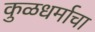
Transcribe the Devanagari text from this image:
कुळधर्माचा